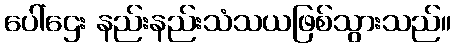
ပေါ်ဌေး နည်းနည်းသံသယဖြစ်သွားသည်။